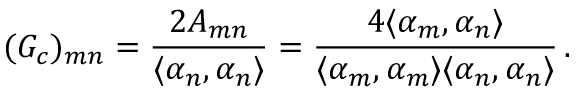
( G _ { c } ) _ { m n } = { \frac { 2 A _ { m n } } { \langle \alpha _ { n } , \alpha _ { n } \rangle } } = \frac { 4 \langle \alpha _ { m } , \alpha _ { n } \rangle } { \langle \alpha _ { m } , \alpha _ { m } \rangle \langle \alpha _ { n } , \alpha _ { n } \rangle } \, .